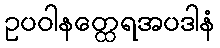
ဥပဝါနတ္ထေရအပဒါနံ